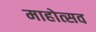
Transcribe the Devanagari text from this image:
माहोत्सव